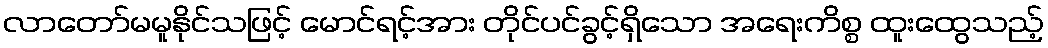
လာတော်မမူနိုင်သဖြင့် မောင်ရင့်အား တိုင်ပင်ခွင့်ရှိသော အရေးကိစ္စ ထူးထွေသည့်